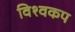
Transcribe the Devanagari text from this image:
विश्‍वकप